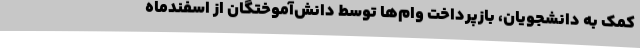
کمک به دانشجویان، بازپرداخت وام‌ها توسط دانش‌آموختگان از اسفندماه